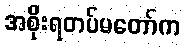
အစိုးရတပ်မတော်က